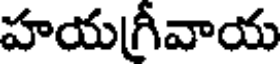
హయగ్రీవాయ